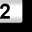
Digit: 2